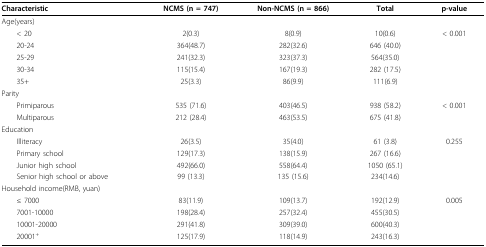
| Characteristic | NCMS (n = 747) | Non-NCMS (n = 866) | Total | p-value |
 | --- | --- | --- | --- | --- |
 | Age(years) |  |  |  |  |
 | < 20 | 2(0.3) | 8(0.9) | 10(0.6) | < 0.001 |
 | 20-24 | 364(48.7) | 282(32.6) | 646 (40.0) |  |
 | 25-29 | 241(32.3) | 323(37.3) | 564(35.0) |  |
 | 30-34 | 115(15.4) | 167(19.3) | 282 (17.5) |  |
 | 35+ | 25(3.3) | 86(9.9) | 111(6.9) |  |
 | Parity |  |  |  |  |
 | Primiparous | 535 (71.6) | 403(46.5) | 938 (58.2) | < 0.001 |
 | Multiparous | 212 (28.4) | 463(53.5) | 675 (41.8) |  |
 | Education |  |  |  |  |
 | Illiteracy | 26(3.5) | 35(4.0) | 61 (3.8) | 0.255 |
 | Primary school | 129(17.3) | 138(15.9) | 267 (16.6) |  |
 | Junior high school | 492(66.0) | 558(64.4) | 1050 (65.1) |  |
 | Senior high school or above | 99 (13.3) | 135 (15.6) | 234(14.6) |  |
 | Household income(RMB, yuan) |  |  |  |  |
 | ≤ 7000 | 83(11.9) | 109(13.7) | 192(12.9) | 0.005 |
 | 7001-10000 | 198(28.4) | 257(32.4) | 455(30.5) |  |
 | 10001-20000 | 291(41.8) | 309(39.0) | 600(40.3) |  |
 | 20001+ | 125(17.9) | 118(14.9) | 243(16.3) |  |